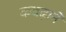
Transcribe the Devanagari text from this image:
कबढ़ाने